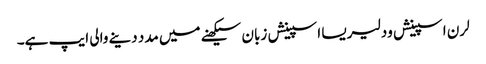
لرن اسپینش ود لیریسا اسپینش زبان سیکھنے میں مدد دینے والی ایپ ہے۔